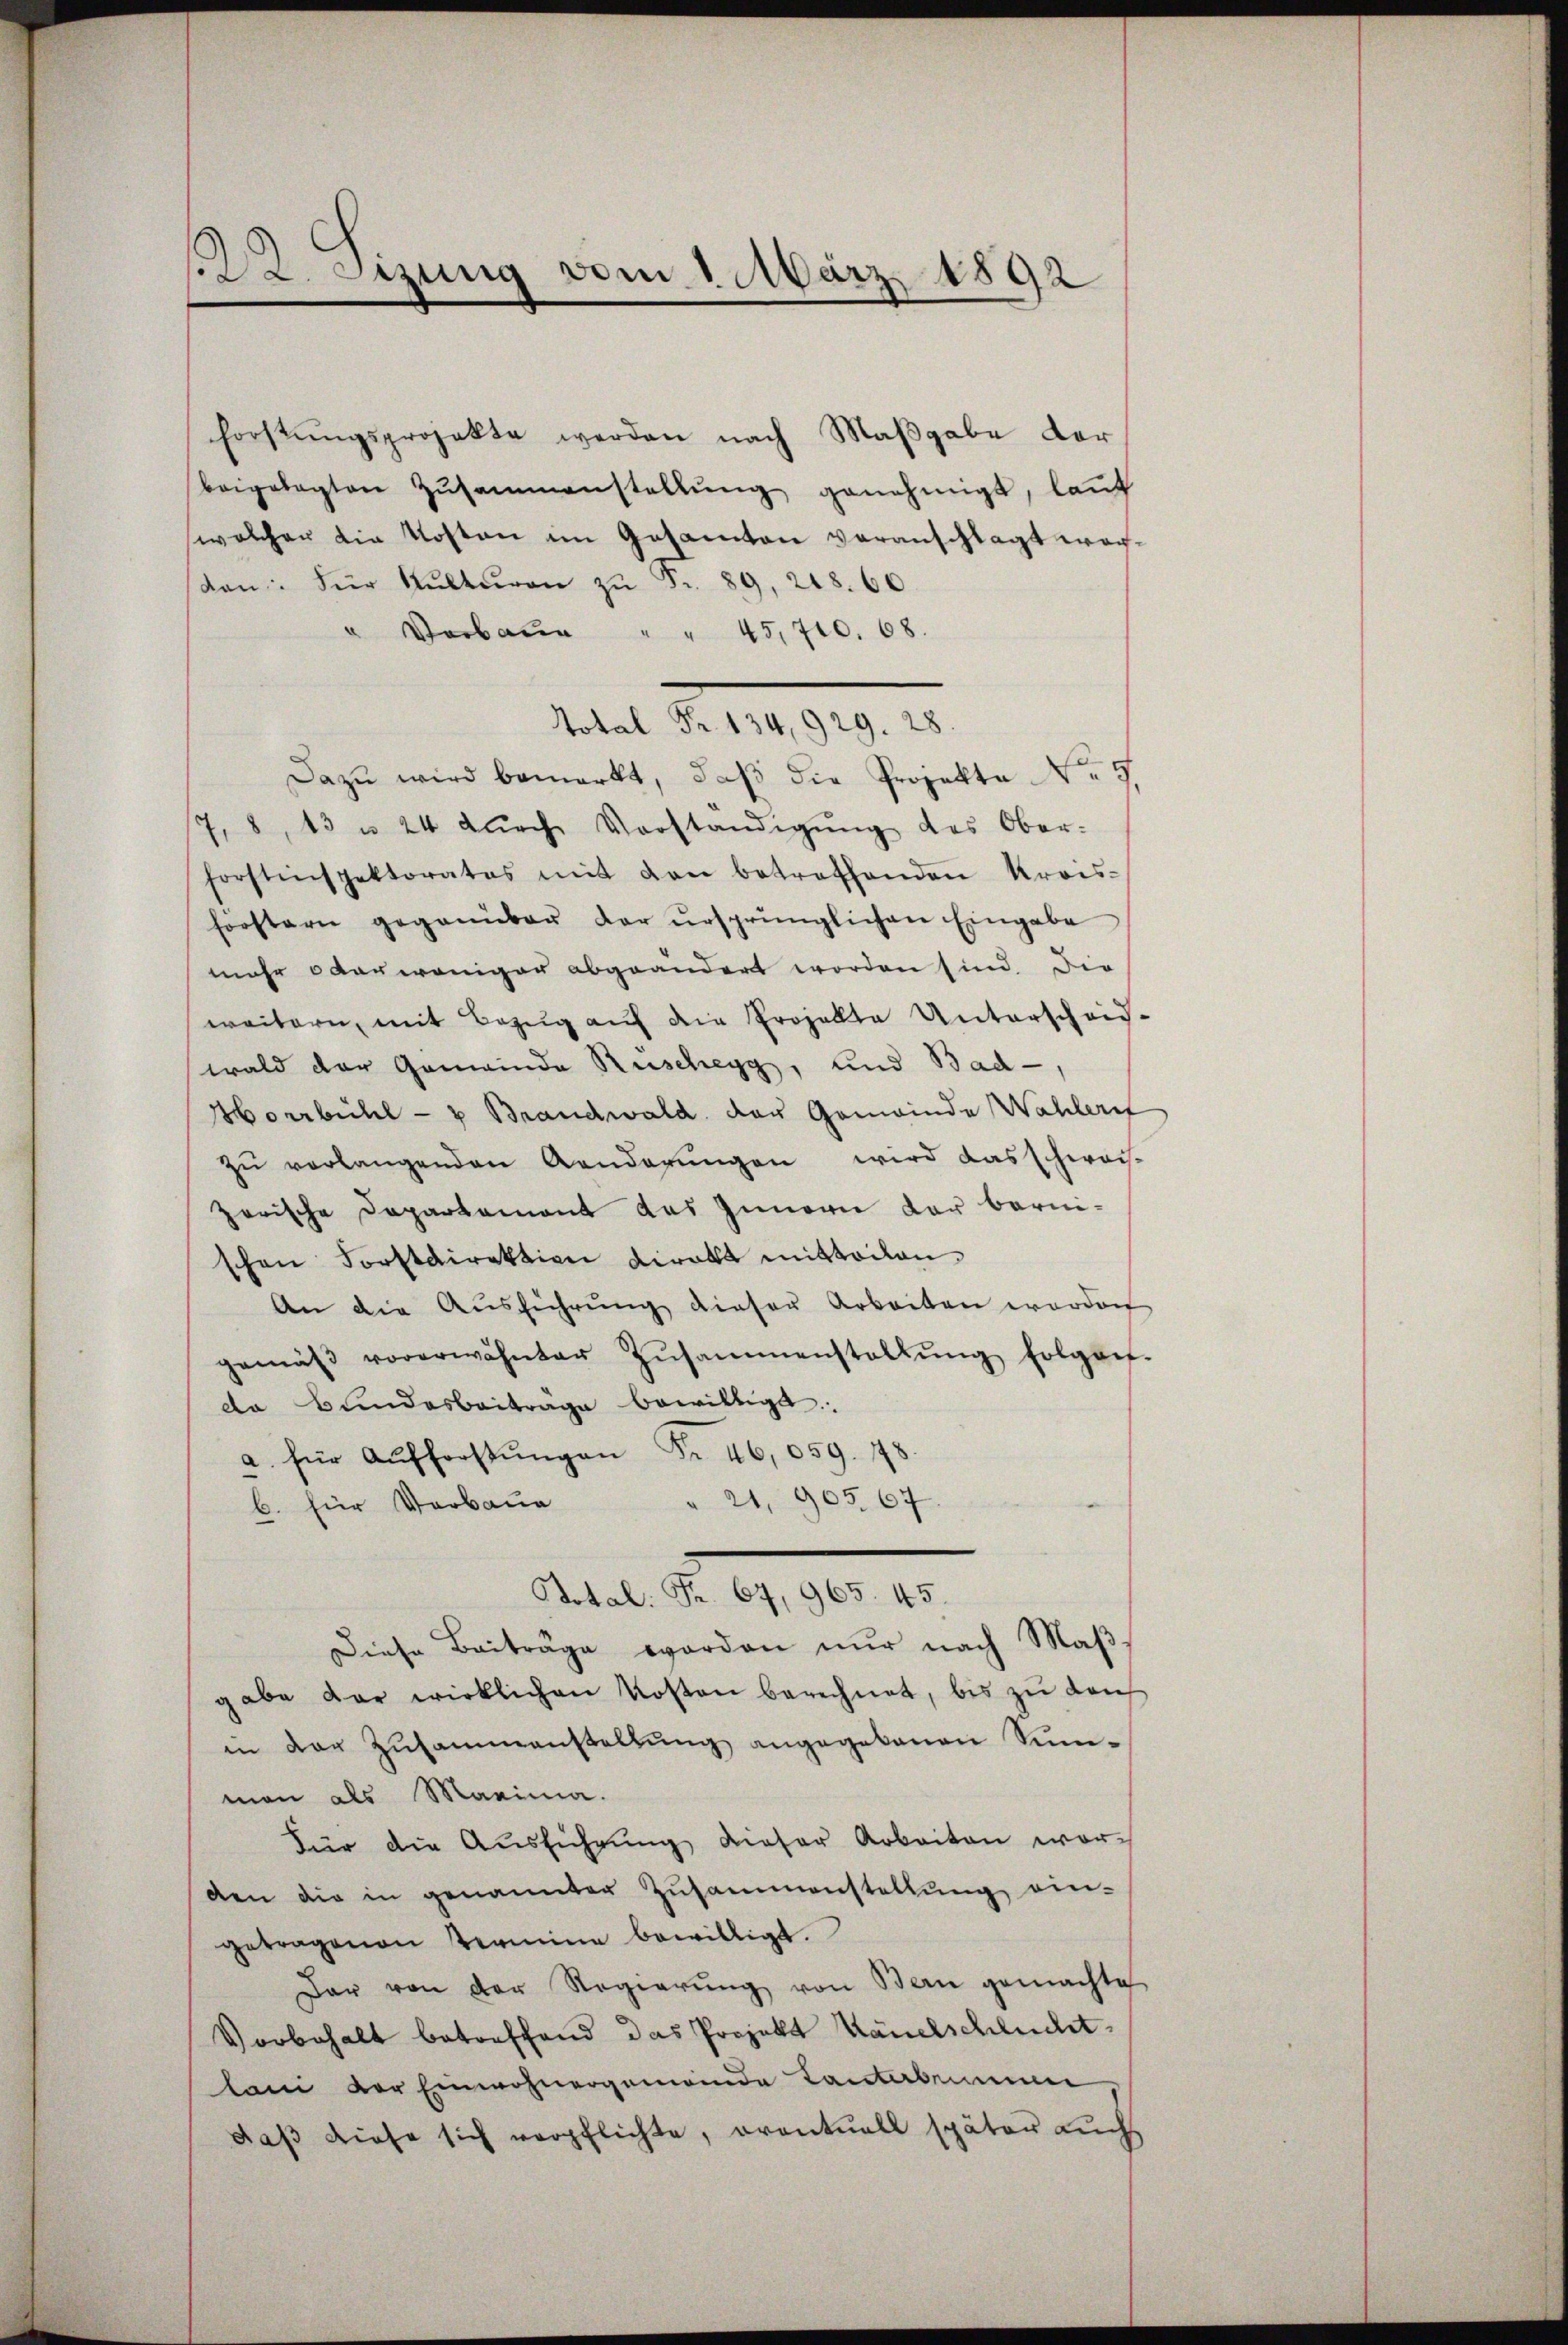
2. Sizung vom 1. März 1892

Forstŭngsprojekte werden nach Maβgabe der
beigelegten Zŭsammenstellŭng genehmigt, lauf
welcher die Kosten im Gesamten veranschlagt wor¬
Kan: Für Kulturen zŭ Fr. 89, 248. 60.
" Verbaŭe " " 45,700. 68.
Total Fr. 134,929. 28.
Dazŭ wird bemerkt, daβ die Projekte No 5.
7. 8, 13 u. 24 dŭrch Vorständigŭng des Ober-
forstinspektorates mit den betreffenden Krois-
förstern gegenüber der ursprünglichen Eingabe
mehr oderweniger abgeändert worden sind. Die
weitern, mit Bezŭg aŭf die Projekte Unterscheid-
wald der Gemeinde Ruschegg, und Bad-,
Horrbühl- u Brandwald der Gemeinde Wahlerit
zŭ verlangenden Aenderŭngen wird das schwei-
zerische Departement das Innern dar bernischen Forstdirektion viralt mittailan
An die Aŭsführŭng dieser Arbeiten worden
gemäβ vorerwähnter Zusammenstallŭng folgen.
de Bundesbeitrage bewilligt.
a. für Aŭfforstŭngen Fr. 46,059. 178.
" 21, 90567
b. für Verbaue
Dotal. Fr. 67, 965. 45.
Diese Beiträge worden nur nach Maß
gabe der wirklichen Kosten berechnet, bis zu den
in der Zusammenstellŭng angegebenen Summan als Maxima.
Für die Aŭsführŭng dieser Arbeiten worden die in genannter Zusammenstellŭng ein-
getragenen Vermine bewilligt.
Dar von der Regierŭng von Bern gemachte
Vorbehalt betreffend das Projekt Känelschlucht.
lani der Einwohnergemeinde Lantabrum
daß diese sich verpflichte, oventuell später auch